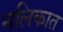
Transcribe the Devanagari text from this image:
नलिकात